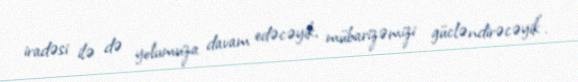
iradəsi ilə də yolumuza davam edəcəyik, mübarizəmizi gücləndirəcəyik”.